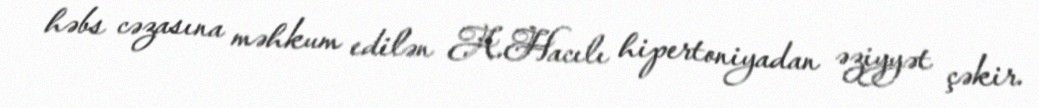
həbs cəzasına məhkum edilən A.Hacılı hipertoniyadan əziyyət çəkir.